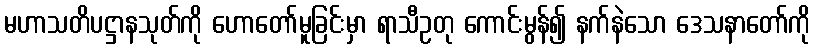
မဟာသတိပဋ္ဌာနသုတ်ကို ဟောတော်မူခြင်းမှာ ရာသီဥတု ကောင်းမွန်၍ နက်နဲသော ဒေသနာတော်ကို